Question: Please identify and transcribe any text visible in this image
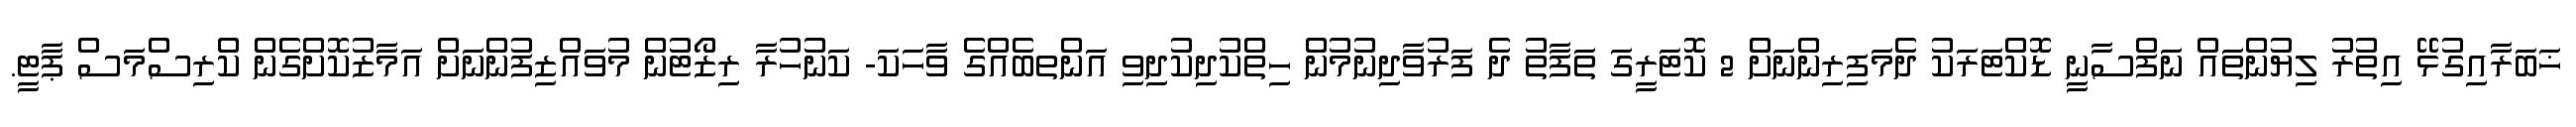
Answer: ޚަބަރާއިގުޅޭ އިތުރު ލިޔުންތައް ނަފްސާނީ ޑޮކްޓަރަކު ދެމަފިރިންނަށް 2 ކޮޓަރީގަ ތަފާތު ދެ ފަރުވާދިނުމުން ހިތްކުދިކުދިވި އަންތބެއްގެ ވާހަކަ- ކަނުހުރާ ރިޒޯޓުން މުވައްޒިފުންނަށް އަމާޒުކޮށްގެން ކްރިސްމަސް ޕާޓީ.